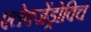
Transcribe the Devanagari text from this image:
एलेक्जेंड्रोविच